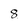
Character: 8